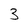
Character: 3